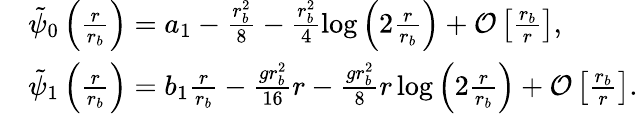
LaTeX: \begin{array}{rl}&{\tilde{\psi}_{0}\left(\frac{r}{r_{b}}\right)=a_{1}-\frac{r_{b}^{2}}{8}-\frac{r_{b}^{2}}{4}\log\left(2\frac{r}{r_{b}}\right)+\mathcal{O}\left[\frac{r_{b}}{r}\right],}\\ &{\tilde{\psi}_{1}\left(\frac{r}{r_{b}}\right)=b_{1}\frac{r}{r_{b}}-\frac{gr_{b}^{2}}{16}r-\frac{gr_{b}^{2}}{8}r\log\left(2\frac{r}{r_{b}}\right)+\mathcal{O}\left[\frac{r_{b}}{r}\right].}\end{array}